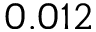
0 . 0 1 2